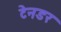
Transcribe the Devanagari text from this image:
टेनडर